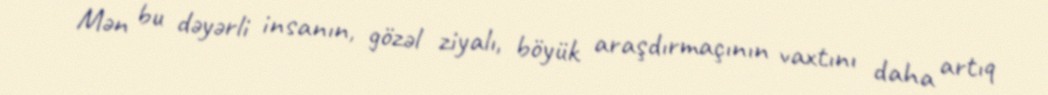
Mən bu dəyərli insanın, gözəl ziyalı, böyük araşdırmaçının vaxtını daha artıq